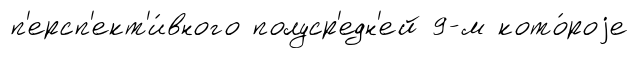
п'ерсп'ект'и́вного полуср'едн'ей 9-м кото́роjе